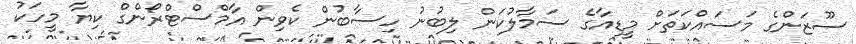
ސޫޒަންގެ މަސައްކަތަށް މީޑިއާގެ ސަމާލުކަން ލިބުނު ހިސާބުން ކެވިން އާމްސްޓްރޯންގް ކިޔާ މީހަކު